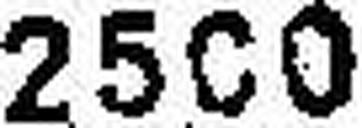
2500